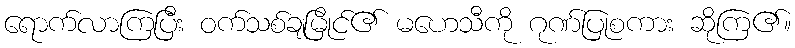
ရောက်လာကြပြီး ဝက်သစ်ချမြိုင်၏ မဟေသီကို ဂုဏ်ပြုစကား ဆိုကြ၏။